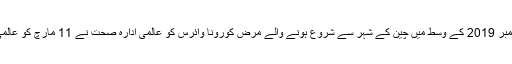
خیال رہے کہ دسمبر 2019 کے وسط میں چین کے شہر سے شروع ہونے والے مرض کورونا وائرس کو عالمی ادارہ صحت نے 11 مارچ کو عالمی وبا قرار دیا تھا۔